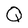
Character: Q